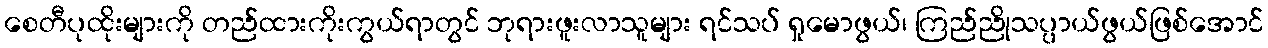
စေတီပုထိုးများကို တည်ထားကိုးကွယ်ရာတွင် ဘုရားဖူးလာသူများ ရင်သပ် ရှုမောဖွယ်၊ ကြည်ညိုသပ္ပာယ်ဖွယ်ဖြစ်အောင်